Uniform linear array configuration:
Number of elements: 32
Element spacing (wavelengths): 0.75
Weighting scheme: hamming
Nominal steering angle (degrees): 30
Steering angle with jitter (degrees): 31.976
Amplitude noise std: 0.05
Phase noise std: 0.05

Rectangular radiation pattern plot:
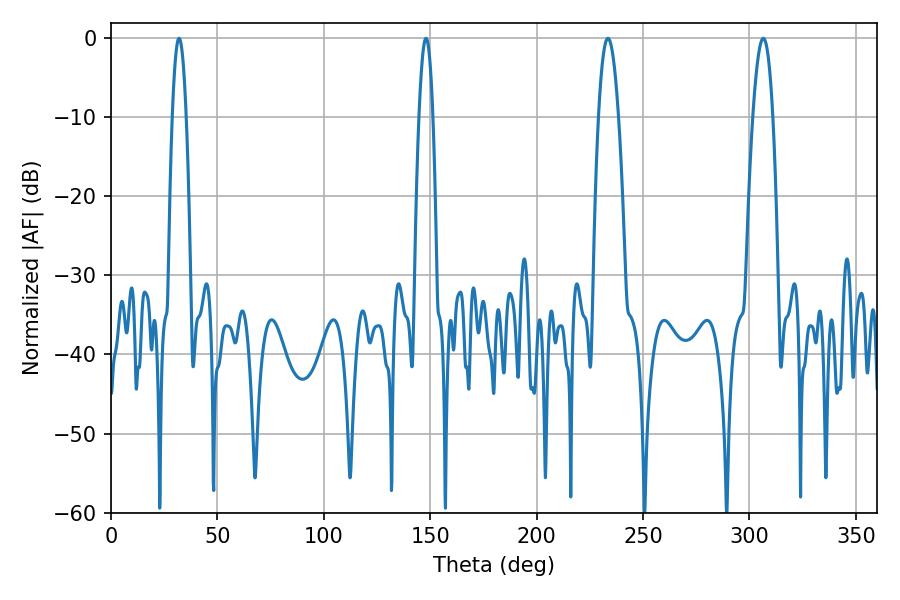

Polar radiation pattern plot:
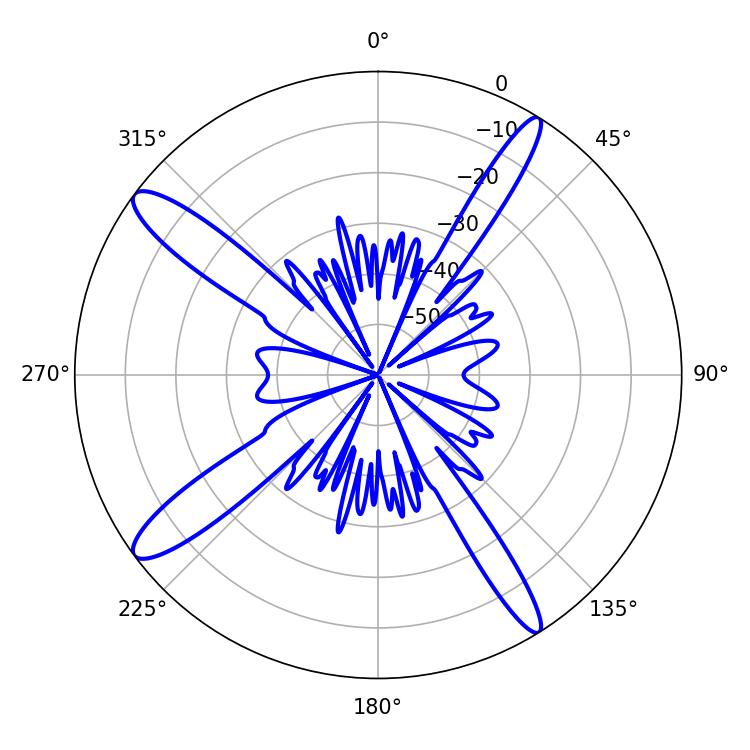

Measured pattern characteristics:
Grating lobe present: TRUE
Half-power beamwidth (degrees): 5.22
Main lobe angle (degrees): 233.46